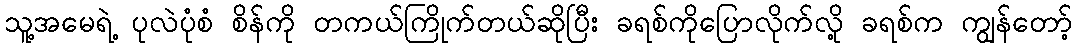
သူ့အမေရဲ့ ပုလဲပုံစံ စိန်ကို တကယ်ကြိုက်တယ်ဆိုပြီး ခရစ်ကိုပြောလိုက်လို့ ခရစ်က ကျွန်တော့်